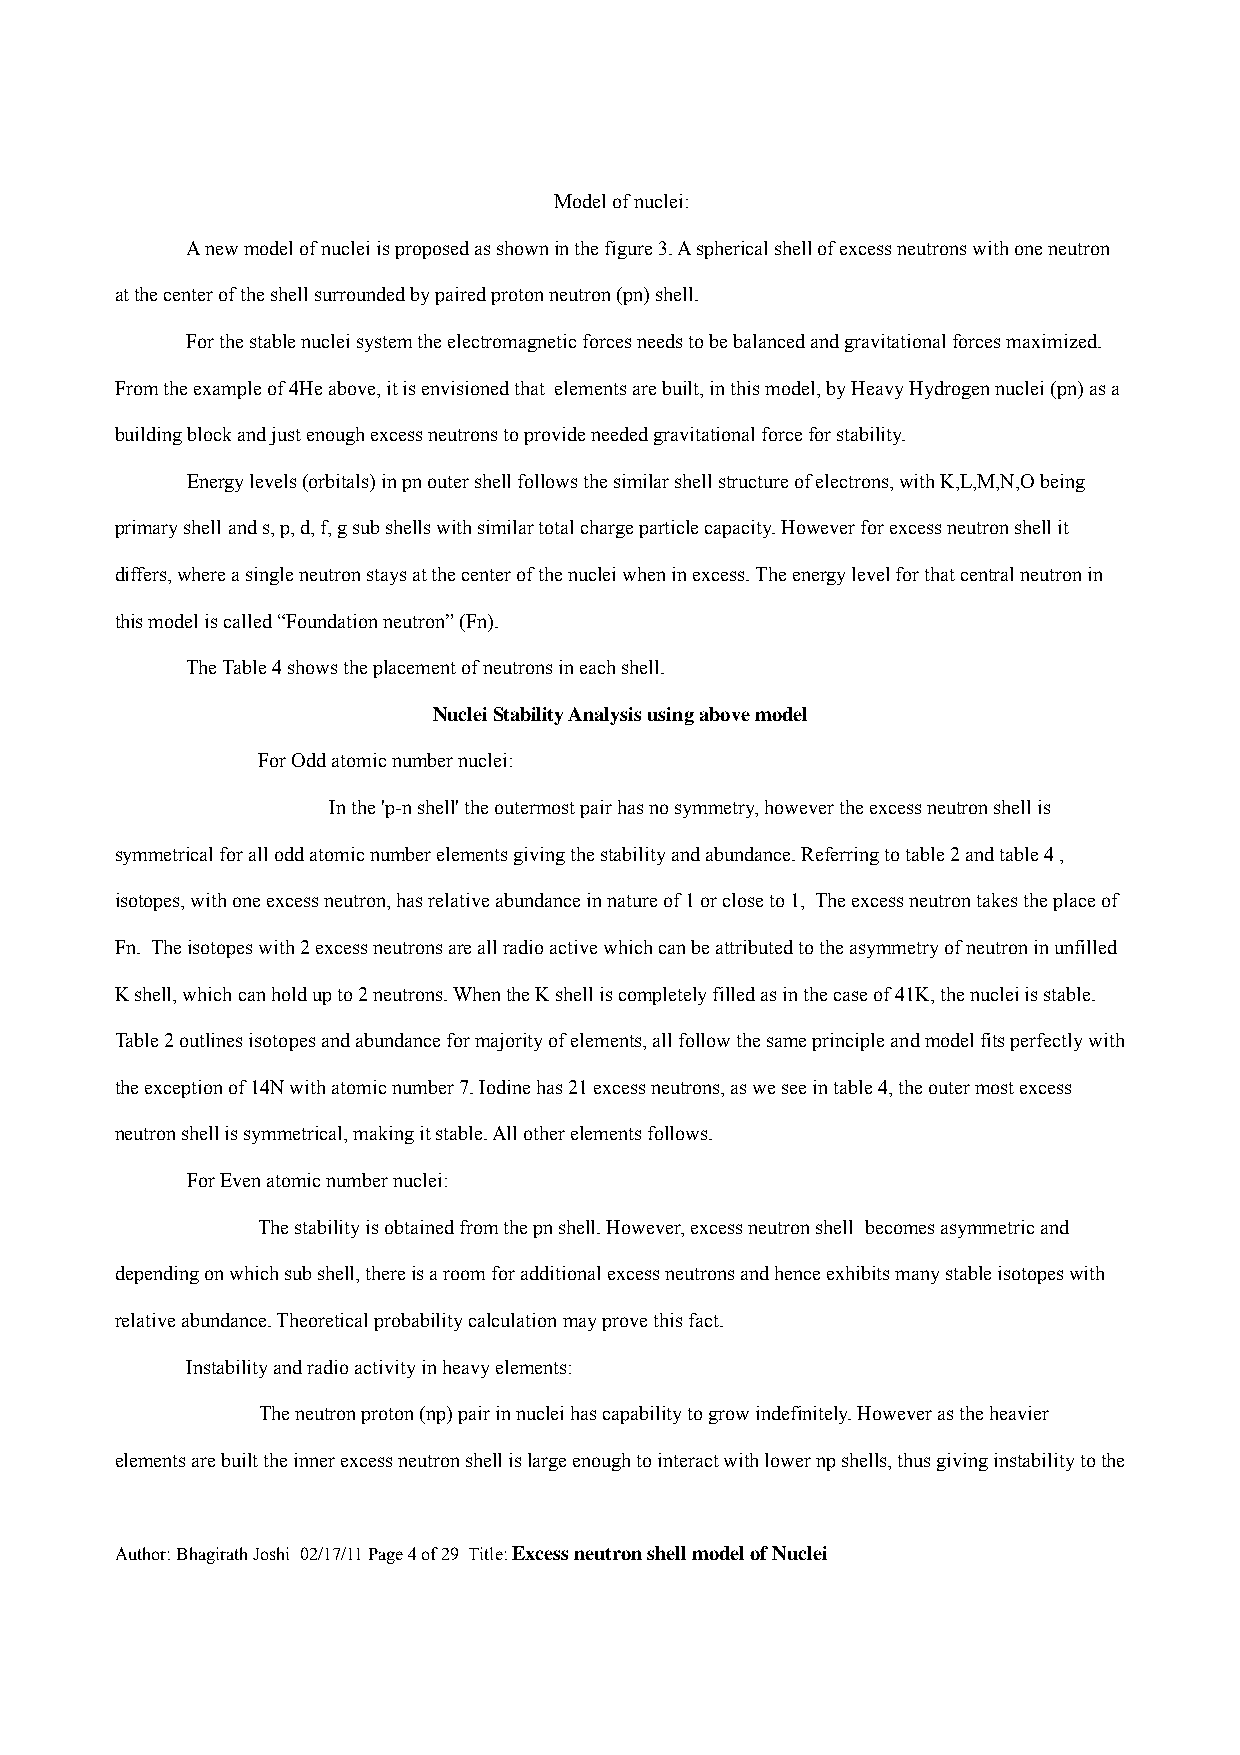
Model of nuclei:
 A new model of nuclei is proposed as shown in the figure 3. A spherical shell of excess neutrons with one neutron
 at the center of the shell surrounded by paired proton neutron (pn) shell.
 For the stable nuclei system the electromagnetic forces needs to be balanced and gravitational forces maximized.
 From the example of 4He above, it is envisioned that elements are built, in this model, by Heavy Hydrogen nuclei (pn) as a
 building block and just enough excess neutrons to provide needed gravitational force for stability.
 Energy levels (orbitals) in pn outer shell follows the similar shell structure of electrons, with K,L,M,N,O being
 primary shell and s, p, d, f, g sub shells with similar total charge particle capacity. However for excess neutron shell it
 differs, where a single neutron stays at the center of the nuclei when in excess. The energy level for that central neutron in
 this model is called “Foundation neutron” (Fn).
 The Table 4 shows the placement of neutrons in each shell.
 Nuclei Stability Analysis using above model
 For Odd atomic number nuclei:
 In the 'p-n shell' the outermost pair has no symmetry, however the excess neutron shell is
 symmetrical for all odd atomic number elements giving the stability and abundance. Referring to table 2 and table 4 ,
 isotopes, with one excess neutron, has relative abundance in nature of 1 or close to 1, The excess neutron takes the place of
 Fn. The isotopes with 2 excess neutrons are all radio active which can be attributed to the asymmetry of neutron in unfilled
 K shell, which can hold up to 2 neutrons. When the K shell is completely filled as in the case of 41K, the nuclei is stable.
 Table 2 outlines isotopes and abundance for majority of elements, all follow the same principle and model fits perfectly with
 the exception of 14N with atomic number 7. Iodine has 21 excess neutrons, as we see in table 4, the outer most excess
 neutron shell is symmetrical, making it stable. All other elements follows.
 For Even atomic number nuclei:
 The stability is obtained from the pn shell. However, excess neutron shell becomes asymmetric and
 depending on which sub shell, there is a room for additional excess neutrons and hence exhibits many stable isotopes with
 relative abundance. Theoretical probability calculation may prove this fact.
 Instability and radio activity in heavy elements:
 The neutron proton (np) pair in nuclei has capability to grow indefinitely. However as the heavier
 elements are built the inner excess neutron shell is large enough to interact with lower np shells, thus giving instability to the
 Author: Bhagirath Joshi 02/17/11 Page 4 of 29 Title: Excess neutron shell model of Nuclei